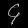
Digit: ၄